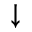
\downarrow